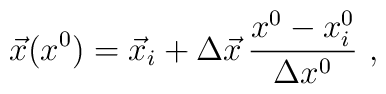
\vec{x}(x^0)=\vec{x}_i+\Delta\vec{x}\,\frac{x^0-x^0_i}{\Delta x^0}\ ,